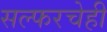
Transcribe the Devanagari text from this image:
सल्फरचेही